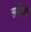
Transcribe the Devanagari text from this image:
सर्पचर